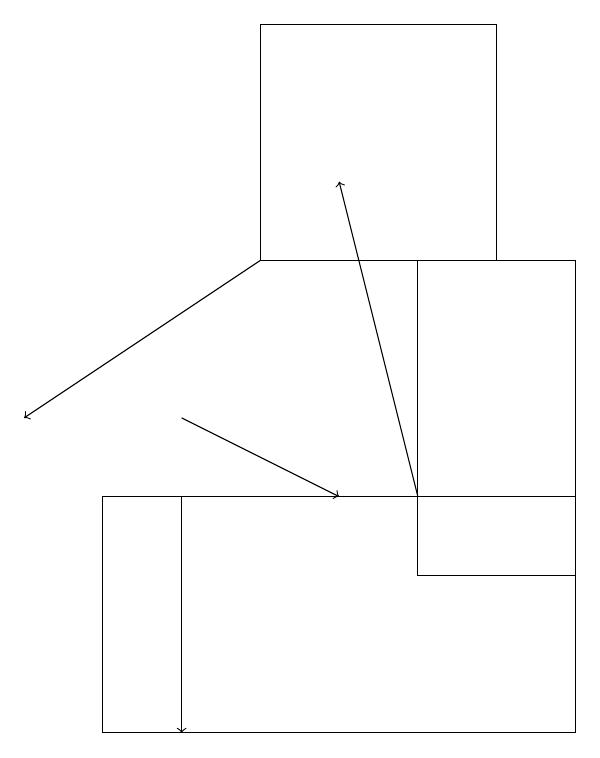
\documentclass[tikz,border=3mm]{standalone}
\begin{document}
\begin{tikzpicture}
\draw (8,16) rectangle (6,12);
\draw (8,10) rectangle (2,13);
\draw[->] (3,13) -- (3,10);
\draw[->] (4,16) -- (1,14);
\draw[->] (6,13) -- (5,17);
\draw[->] (3,14) -- (5,13);
\draw (7,16) rectangle (4,19);
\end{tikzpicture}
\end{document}